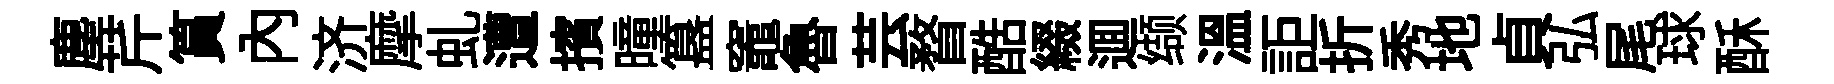
塵芹篔内济摩虬遭擯曈簋竈魯芸瞀酷綴逥缬温詎折秀地貞弘尾球酥